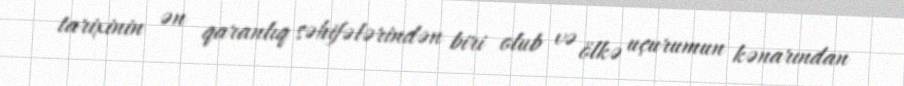
tarixinin ən qaranlıq səhifələrindən biri olub və ölkə uçurumun kənarından